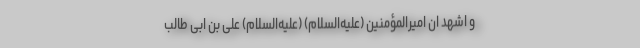
و اشهد ان امیرالمؤمنین (علیه‌السلام) (علیه‌السلام) علی بن ابی طالب